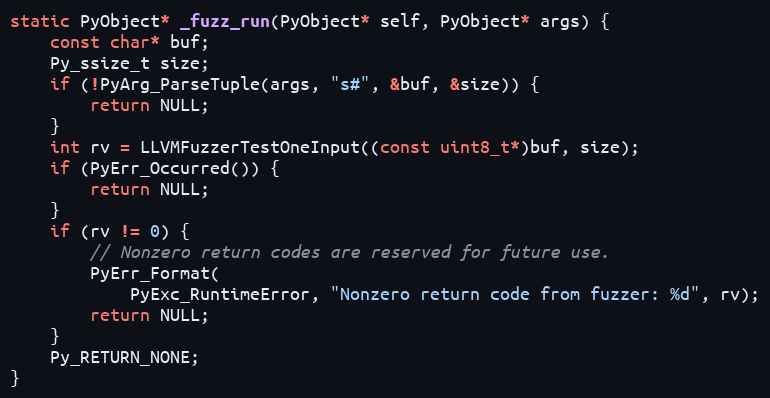
Language: C
static PyObject* _fuzz_run(PyObject* self, PyObject* args) {
    const char* buf;
    Py_ssize_t size;
    if (!PyArg_ParseTuple(args, "s#", &buf, &size)) {
        return NULL;
    }
    int rv = LLVMFuzzerTestOneInput((const uint8_t*)buf, size);
    if (PyErr_Occurred()) {
        return NULL;
    }
    if (rv != 0) {
        // Nonzero return codes are reserved for future use.
        PyErr_Format(
            PyExc_RuntimeError, "Nonzero return code from fuzzer: %d", rv);
        return NULL;
    }
    Py_RETURN_NONE;
}